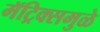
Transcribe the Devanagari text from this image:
मॅट्रिक्समुळे